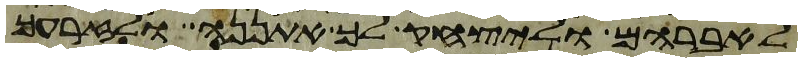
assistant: לאברהם וליצחק לך אתננה ולזרעך